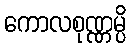
ကောလစုဏ္ဏမ္ပိ